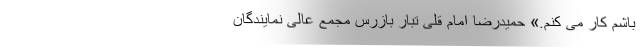
باشم کار می کنم.» حمیدرضا امام قلی تبار بازرس مجمع عالی نمایندگان